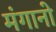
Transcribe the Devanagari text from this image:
मंगानो